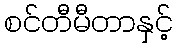
စင်တီမီတာနှင့်